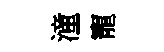
潼寵